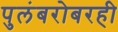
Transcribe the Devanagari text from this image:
पुलंबरोबरही